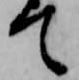
て